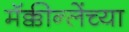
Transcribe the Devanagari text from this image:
मॅक्कीन्लेंच्या